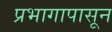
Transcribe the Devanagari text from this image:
प्रभागापासून